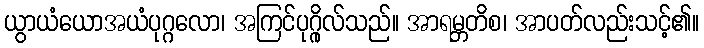
ယွာယံယောအယံပုဂ္ဂလော၊ အကြင်ပုဂ္ဂိုလ်သည်။ အာရမ္ဘတိစ၊ အာပတ်လည်းသင့်၏။